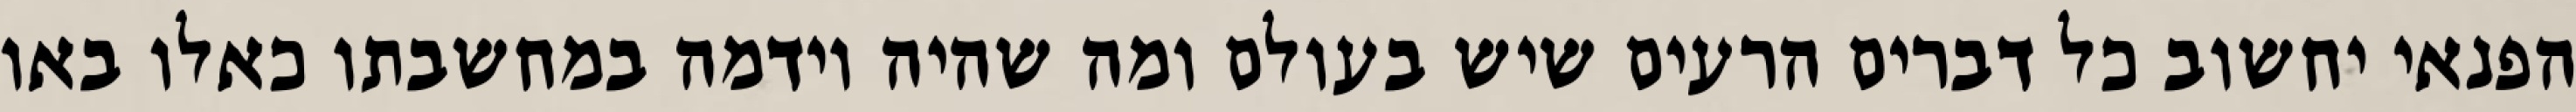
הפנאי יחשוב כל דברים הרעים שיש בעולם ומה שהיה וידמה במחשבתו כאלו באו